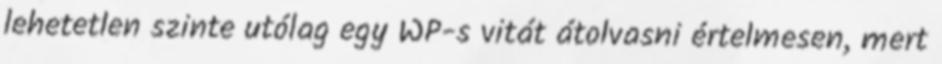
lehetetlen szinte utólag egy WP-s vitát átolvasni értelmesen, mert